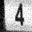
Digit: 4